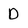
Character: D